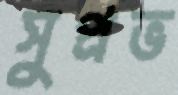
সুপ্রভ